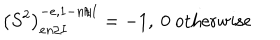
LaTeX: \left( S ^ { 2 } \right) _ { e n / I } ^ { - e , 1 - n / I } = - 1 , \ 0 \mathrm { ~ o t h e r w i s e }